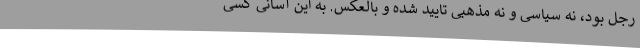
رجل بود، نه سیاسی و نه مذهبی تایید شده و بالعکس. به این آسانی کسی